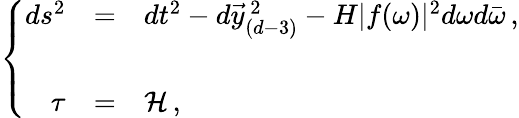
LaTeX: \left\{ \begin{array}{rcl}{{ds^{2}}}&{{=}}&{{dt^{2}-d\vec{y}_{(d-3)}^{\ 2}-H|f(\omega)|^{2}d\omega d\bar{\omega}\, ,}}\\ {{}}&{{}}&{{}}\\ {{\tau}}&{{=}}&{{{\cal H}\, ,}}\end{array}\right.